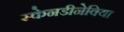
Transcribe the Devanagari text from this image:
स्केनडीनेविया